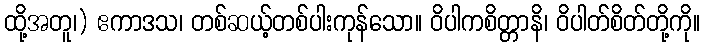
ထို့အတူ၊) ဧကာဒသ၊ တစ်ဆယ့်တစ်ပါးကုန်သော။ ဝိပါကစိတ္တာနိ၊ ဝိပါတ်စိတ်တို့ကို။